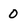
Character: O